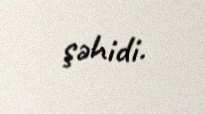
şəhidi.